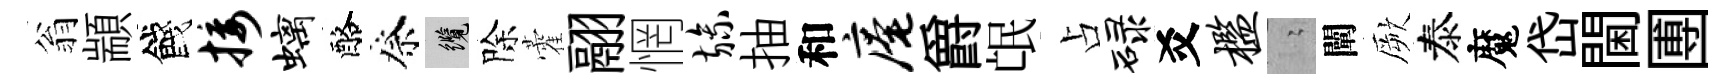
翁顓餞接螭酪祭纜除藿翮惘旒抽和庵爵氓占碌爻槛隐闡厥泰魔岱閫圑